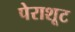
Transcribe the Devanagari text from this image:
पेराशूट